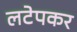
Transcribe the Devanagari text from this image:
लटेपकर